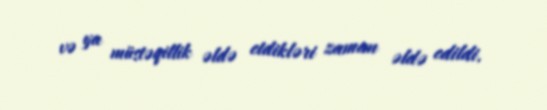
və ya müstəqillik əldə etdikləri zaman əldə edildi.